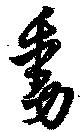
動